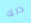
ذلك